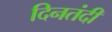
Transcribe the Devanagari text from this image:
दिनतंदी